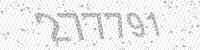
Solution: 277791